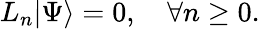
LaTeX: L_{n}|\Psi\rangle=0,\quad\forall n\ge 0.